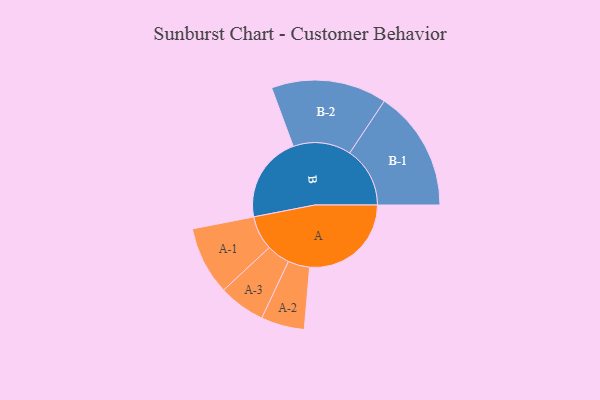
{"axis": {"x": "Segment", "y": "Value"}, "legend": ["", "A", "B"], "data": [{"x": "A", "y": 487, "type": ""}, {"x": "B", "y": 414, "type": ""}, {"x": "A-1", "y": 164, "type": "A"}, {"x": "A-2", "y": 104, "type": "A"}, {"x": "A-3", "y": 112, "type": "A"}, {"x": "B-1", "y": 289, "type": "B"}, {"x": "B-2", "y": 277, "type": "B"}]}